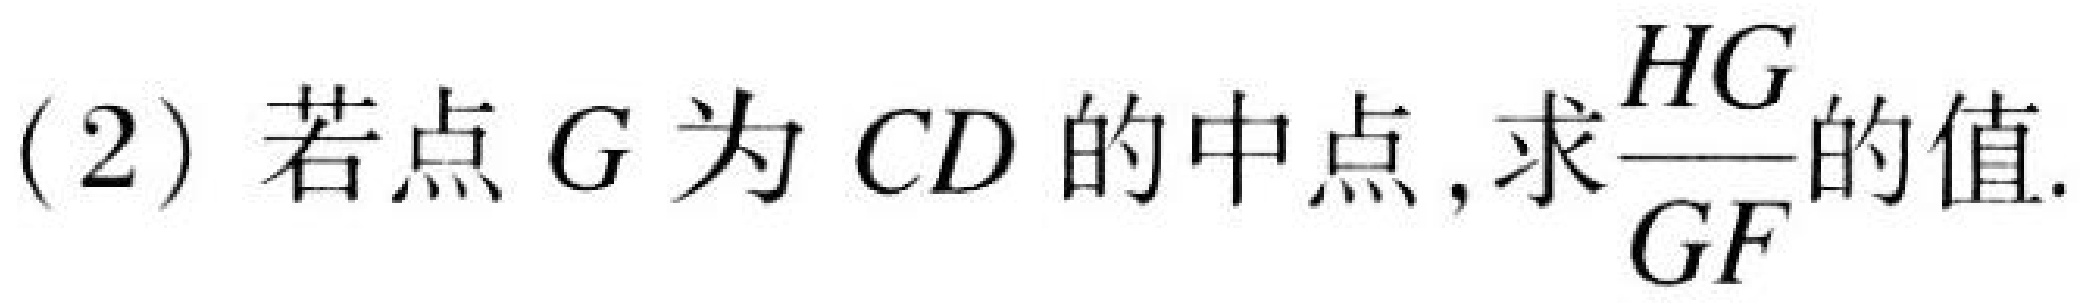
(2) 若点$G$为$CD$的中点, 求$\dfrac{HG}{GF}$的值.